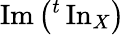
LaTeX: \operatorname{Im}\left({}^{t}\operatorname{In}_{X}\right)